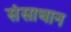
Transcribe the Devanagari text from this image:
संसाधान